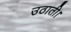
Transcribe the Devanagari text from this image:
उठाती।